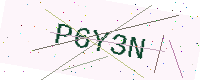
Text: P6Y3N